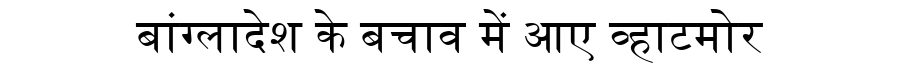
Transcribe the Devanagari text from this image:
बांग्लादेश के बचाव में आए व्हाटमोर